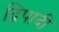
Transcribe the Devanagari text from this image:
द्विपादी